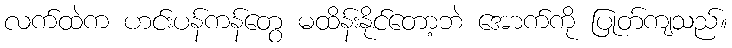
လက်ထဲက ဟင်းပန်ကန်တွေ မထိန်းနိုင်တော့ဘဲ အောက်ကို ပြုတ်ကျသည်။